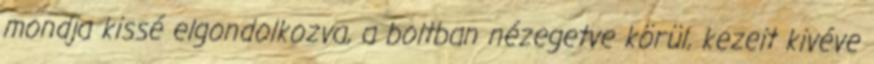
mondja kissé elgondolkozva, a boltban nézegetve körül, kezeit kivéve